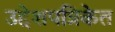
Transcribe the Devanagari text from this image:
उद्देशपत्रिकेत